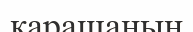
карашаның